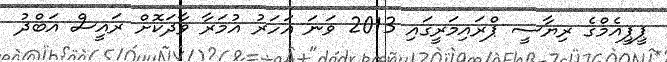
ޕީޕީއެމްގެ ރިޔާސީ ޕްރައިމަރީގައި 2013 ވަނަ އަހަރު އުމަރާ ވާދަކޮށް ރައީސް އަބްދު